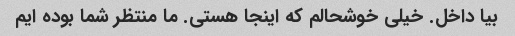
بیا داخل. خیلی خوشحالم که اینجا هستی. ما منتظر شما بوده ایم